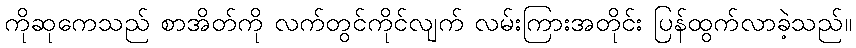
ကိုဆုကေသည် စာအိတ်ကို လက်တွင်ကိုင်လျက် လမ်းကြားအတိုင်း ပြန်ထွက်လာခဲ့သည်။